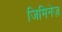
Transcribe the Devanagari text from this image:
जिमिनेज़